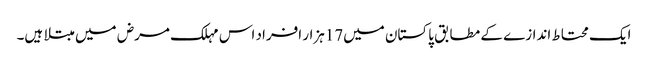
ایک محتاط اندازے کے مطابق پاکستان میں17ہزار افراد اس مہلک مرض میں مبتلا ہیں۔